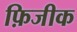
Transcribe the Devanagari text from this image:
फ़िजीक